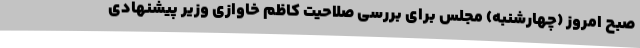
صبح امروز (چهارشنبه) مجلس برای بررسی صلاحیت کاظم خاوازی وزیر پیشنهادی